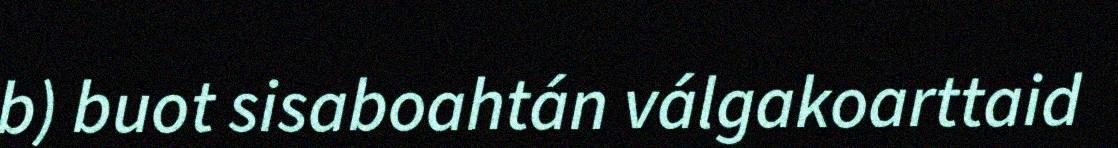
b) buot sisaboahtán válgakoarttaid